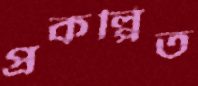
প্রকল্পিত